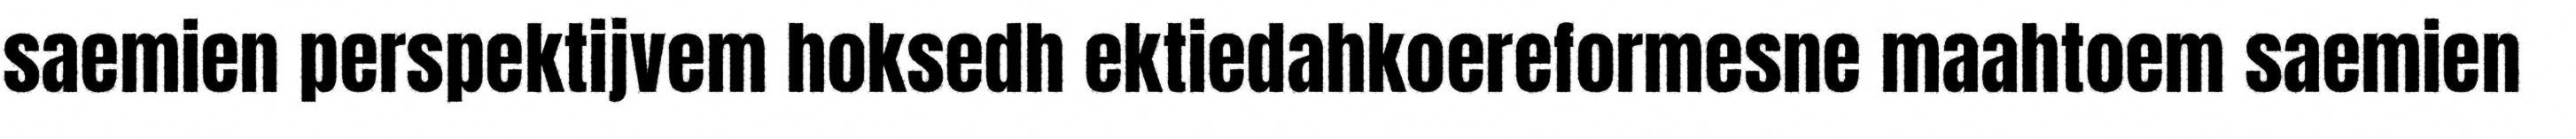
saemien perspektijvem hoksedh ektiedahkoereformesne maahtoem saemien